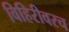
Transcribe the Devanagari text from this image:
विहिरीवरच